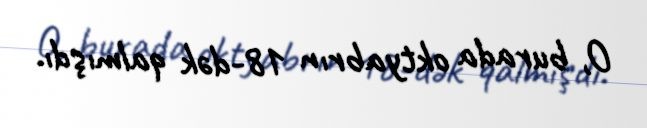
O, burada oktyabrın 18-dək qalmışdı.